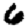
Digit: 6